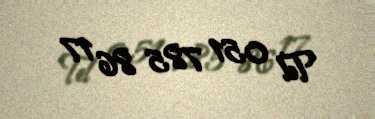
Tel 051 785 86 17